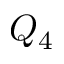
Q _ { 4 }